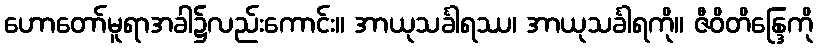
ဟောတော်မူရာအခါ၌လည်းကောင်း။ အာယုသင်္ခါရဿ၊ အာယုသင်္ခါရကို။ ဇီဝိတိန္ဒြေကို